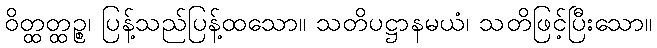
ဝိတ္ထတ္ထဉ္စ၊ ပြန့်သည်ပြန့်ထသော။ သတိပဋ္ဌာနမယံ၊ သတိဖြင့်ပြီးသော။